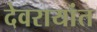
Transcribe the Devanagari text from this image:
देवरायांत